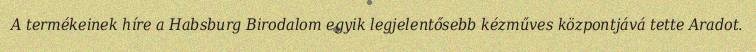
A termékeinek híre a Habsburg Birodalom egyik legjelentősebb kézműves központjává tette Aradot.